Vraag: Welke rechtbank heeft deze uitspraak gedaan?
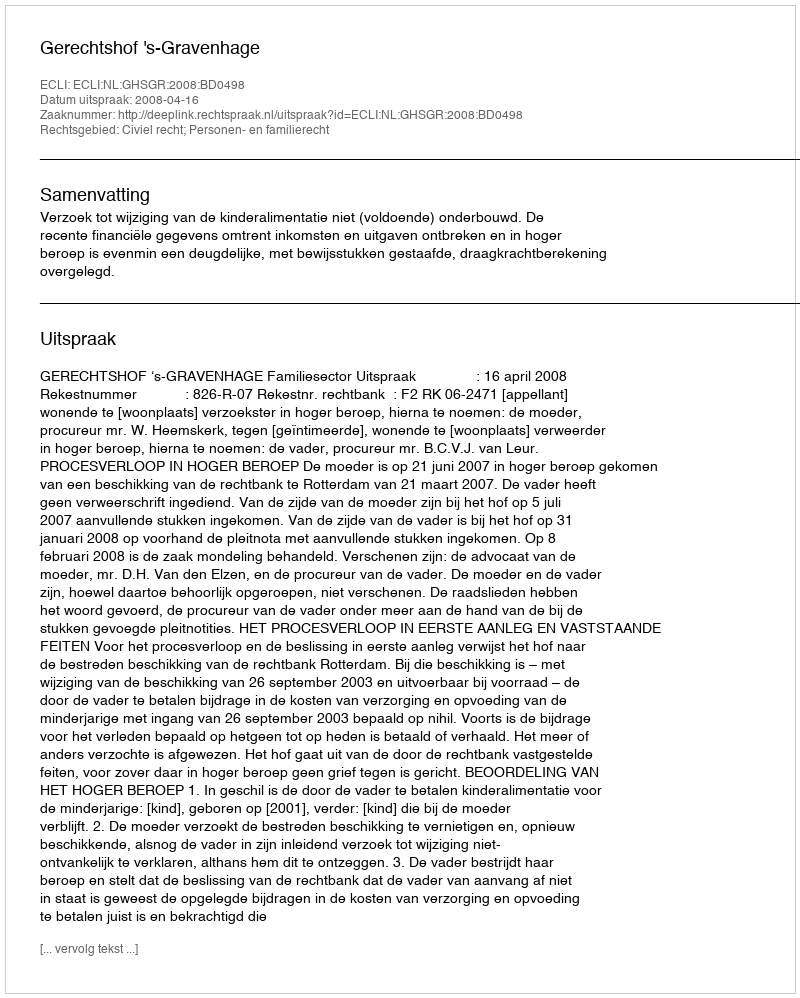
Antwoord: Gerechtshof 's-Gravenhage